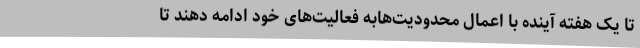
تا یک هفته آینده با اعمال محدودیت‌هابه فعالیت‌های خود ادامه دهند تا